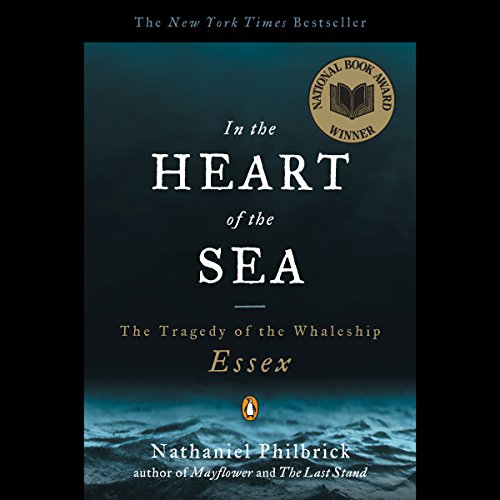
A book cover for In the Heart of the Sea: The Tragedy of the Whaleship Essex; Nathaniel Philbrick; History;